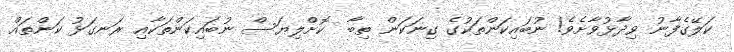
ކަލޭގެފާނު ވިދާޅުވާށެވެ! ނުބައިކަންތަކުގެ ގިނަކަން ތިބާ  ކޮށްލިޔަސް ނުބައިކަންތަކާއި ރަނގަޅު ކަންތައް